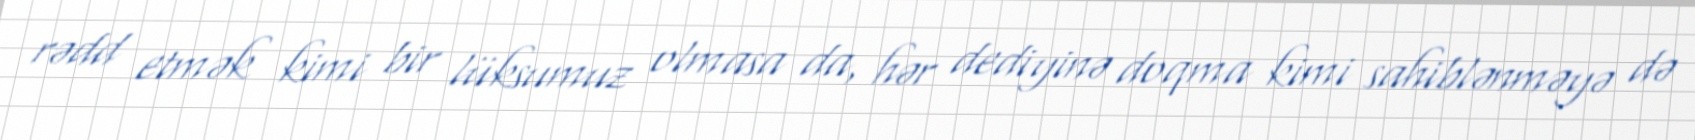
rədd etmək kimi bir lüksumuz olmasa da, hər dediyinə doqma kimi sahiblənməyə də